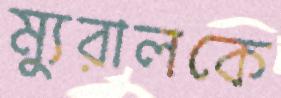
ম্যুরালকে